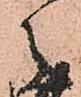
々